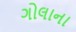
ગોલાના